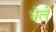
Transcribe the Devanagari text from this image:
घेले